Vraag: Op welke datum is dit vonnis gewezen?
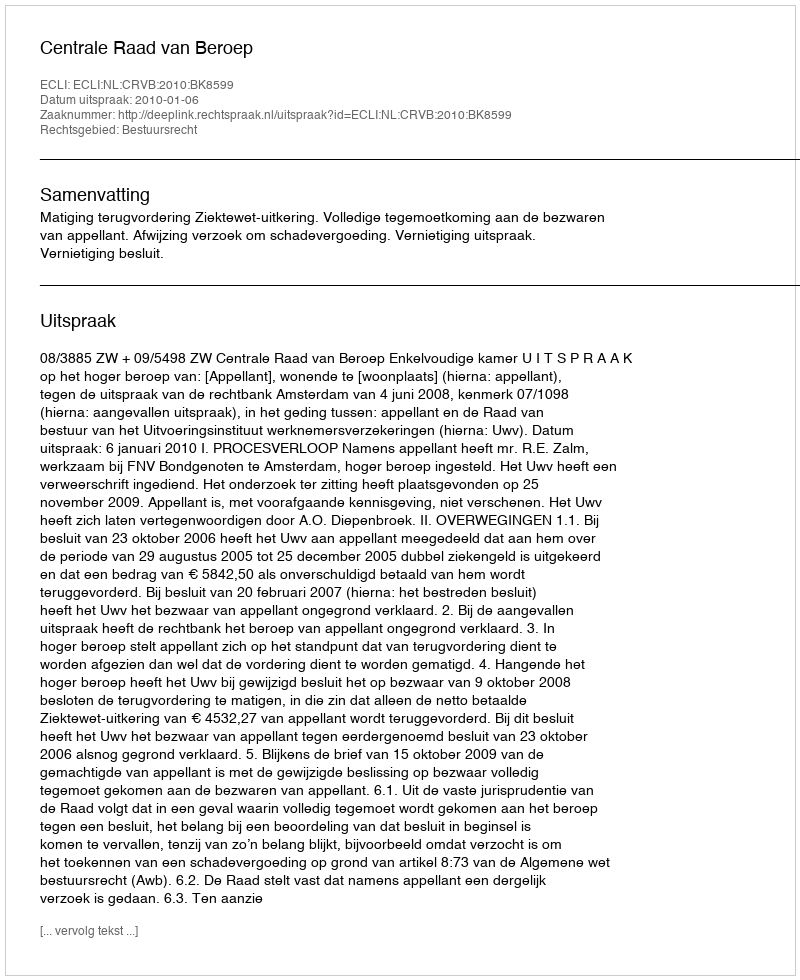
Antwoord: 2010-01-06